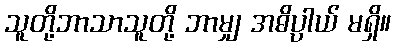
သူတို့ဘာသာသူတို့ ဘာမျှ အဓိပ္ပာယ် မရှိ။